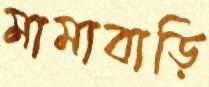
মামাবাড়ি